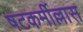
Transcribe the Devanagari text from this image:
षटकर्मील्लास